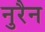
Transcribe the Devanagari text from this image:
नुरैन